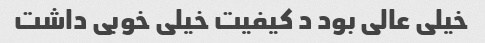
خیلی عالی بود د کیفیت خیلی خوبی داشت